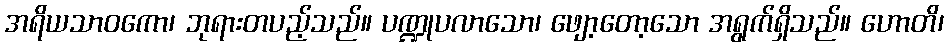
အရိယသာဝကော၊ ဘုရားတပည့်သည်။ ပဏ္ဍုပလာသော၊ ဖျော့တော့သော အရွက်ရှိသည်။ ဟောတိ၊